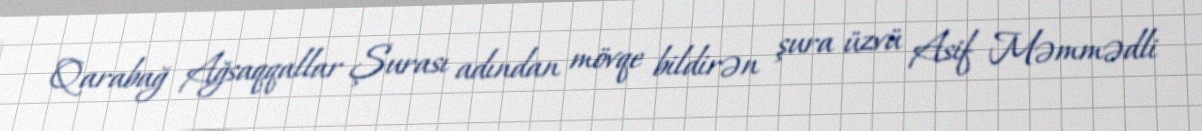
Qarabağ Ağsaqqallar Şurası adından mövqe bildirən şura üzvü Asif Məmmədli